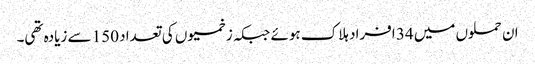
ان حملوں میں 34 افراد ہلاک ہوئے جبکہ زخمیوں کی تعداد 150 سے زیادہ تھی۔